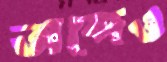
অব্দেও